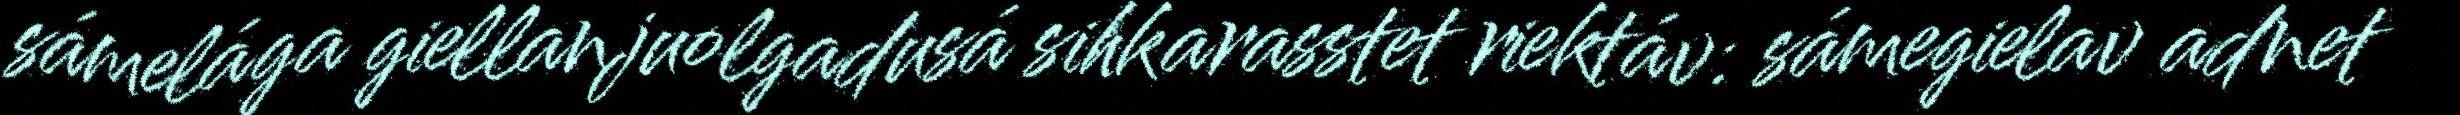
sámelága giellanjuolgadusá sihkarasstet riektáv: sámegielav adnet